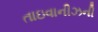
તાઇવાનીઝની